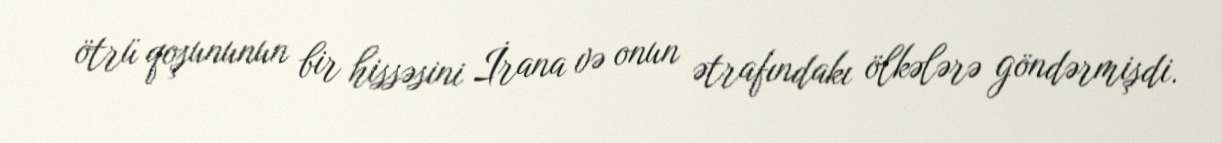
ötrü qoşununun bir hissəsini İrana və onun ətrafındakı ölkələrə göndərmişdi.